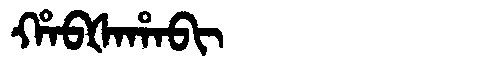
Manchu: ᡥᠠᠪᡧᠠᡥᠠᠪᡳ
Romanization: HABŠAHABI